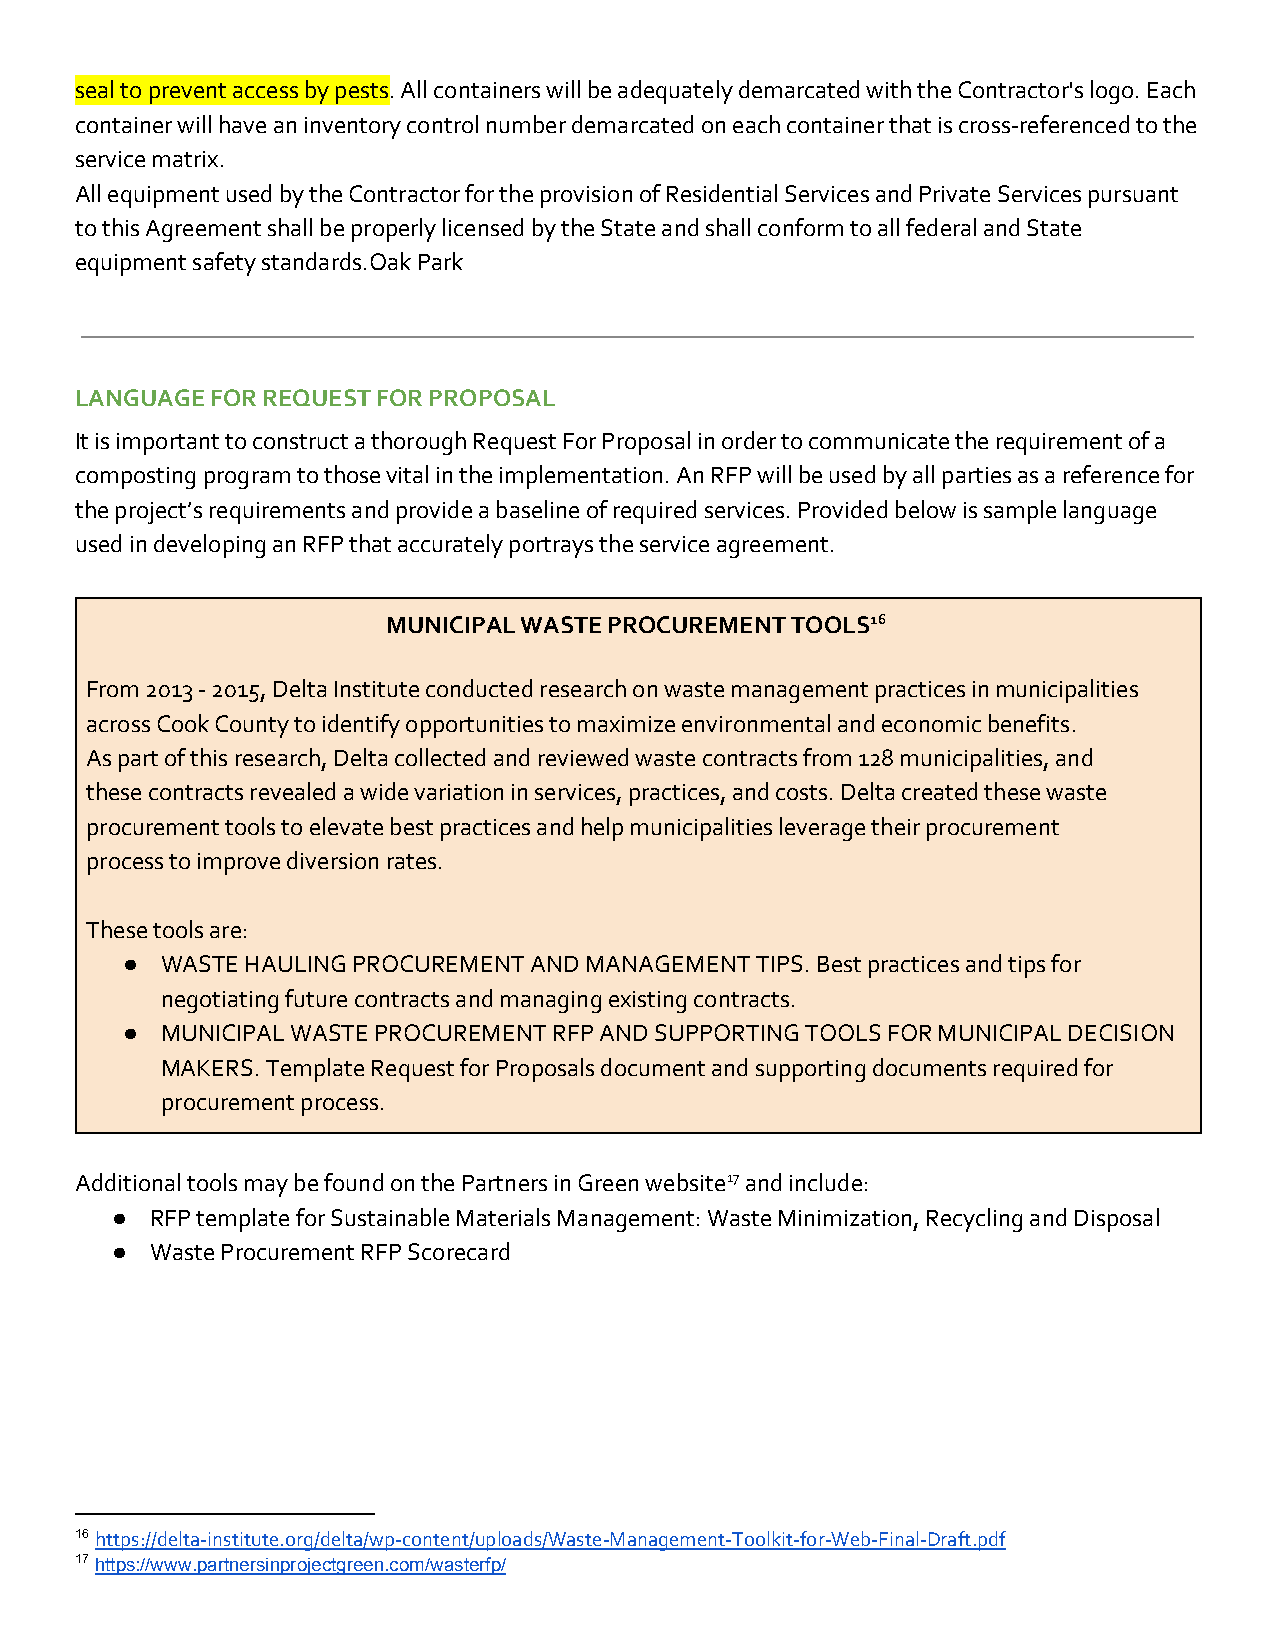
seal to prevent access by pests. All containers will be adequately demarcated with the Contractor's logo. Each
 ​
 container will have an inventory control number demarcated on each container that is cross-referenced to the
 service matrix.
 All equipment used by the Contractor for the provision of Residential Services and Private Services pursuant
 to this Agreement shall be properly licensed by the State and shall conform to all federal and State
 equipment safety standards.Oak Park
 LANGUAGE FOR REQUEST FOR PROPOSAL
 It is important to construct a thorough Request For Proposal in order to communicate the requirement of a
 composting program to those vital in the implementation. An RFP will be used by all parties as a reference for
 the project’s requirements and provide a baseline of required services. Provided below is sample language
 used in developing an RFP that accurately portrays the service agreement.
 MUNICIPAL WASTE PROCUREMENT TOOLS16
 From 2013 - 2015, Delta Institute conducted research on waste management practices in municipalities
 across Cook County to identify opportunities to maximize environmental and economic benefits.
 As part of this research, Delta collected and reviewed waste contracts from 128 municipalities, and
 these contracts revealed a wide variation in services, practices, and costs. Delta created these waste
 procurement tools to elevate best practices and help municipalities leverage their procurement
 process to improve diversion rates.
 These tools are:
 ●  WASTE HAULING PROCUREMENT AND MANAGEMENT TIPS. Best practices and tips for
 negotiating future contracts and managing existing contracts.
 ●  MUNICIPAL WASTE PROCUREMENT RFP AND SUPPORTING TOOLS FOR MUNICIPAL DECISION
 MAKERS. Template Request for Proposals document and supporting documents required for
 procurement process.
 Additional tools may be found on the Partners in Green website17 and include:
 ●  RFP template for Sustainable Materials Management: Waste Minimization, Recycling and Disposal
 ●  Waste Procurement RFP Scorecard
 16 https://delta-institute.org/delta/wp-content/uploads/Waste-Management-Toolkit-for-Web-Final-Draft.pdf
 ​
 17 https://www.partnersinprojectgreen.com/wasterfp/
 ​